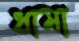
ধামা